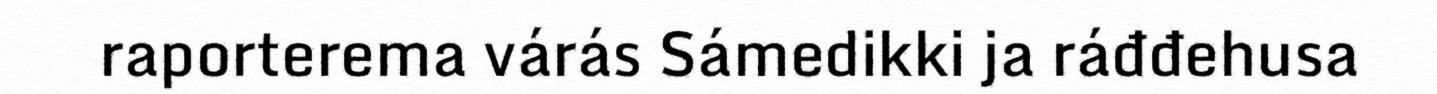
raporterema várás Sámedikki ja ráđđehusa